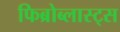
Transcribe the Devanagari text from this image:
फिब्रोब्लास्ट्स